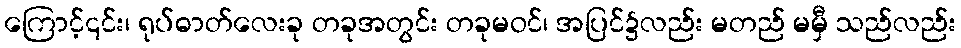
ကြောင့်၎င်း၊ ရုပ်ဓာတ်လေးခု တခုအတွင်း တခုမဝင်၊ အပြင်၌လည်း မတည် မမှီ သည်လည်း